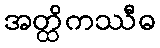
အတ္ထိကဿီဓ